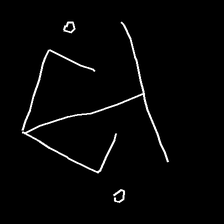
Glyph: earth